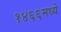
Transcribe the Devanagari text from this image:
१४६६मध्ये